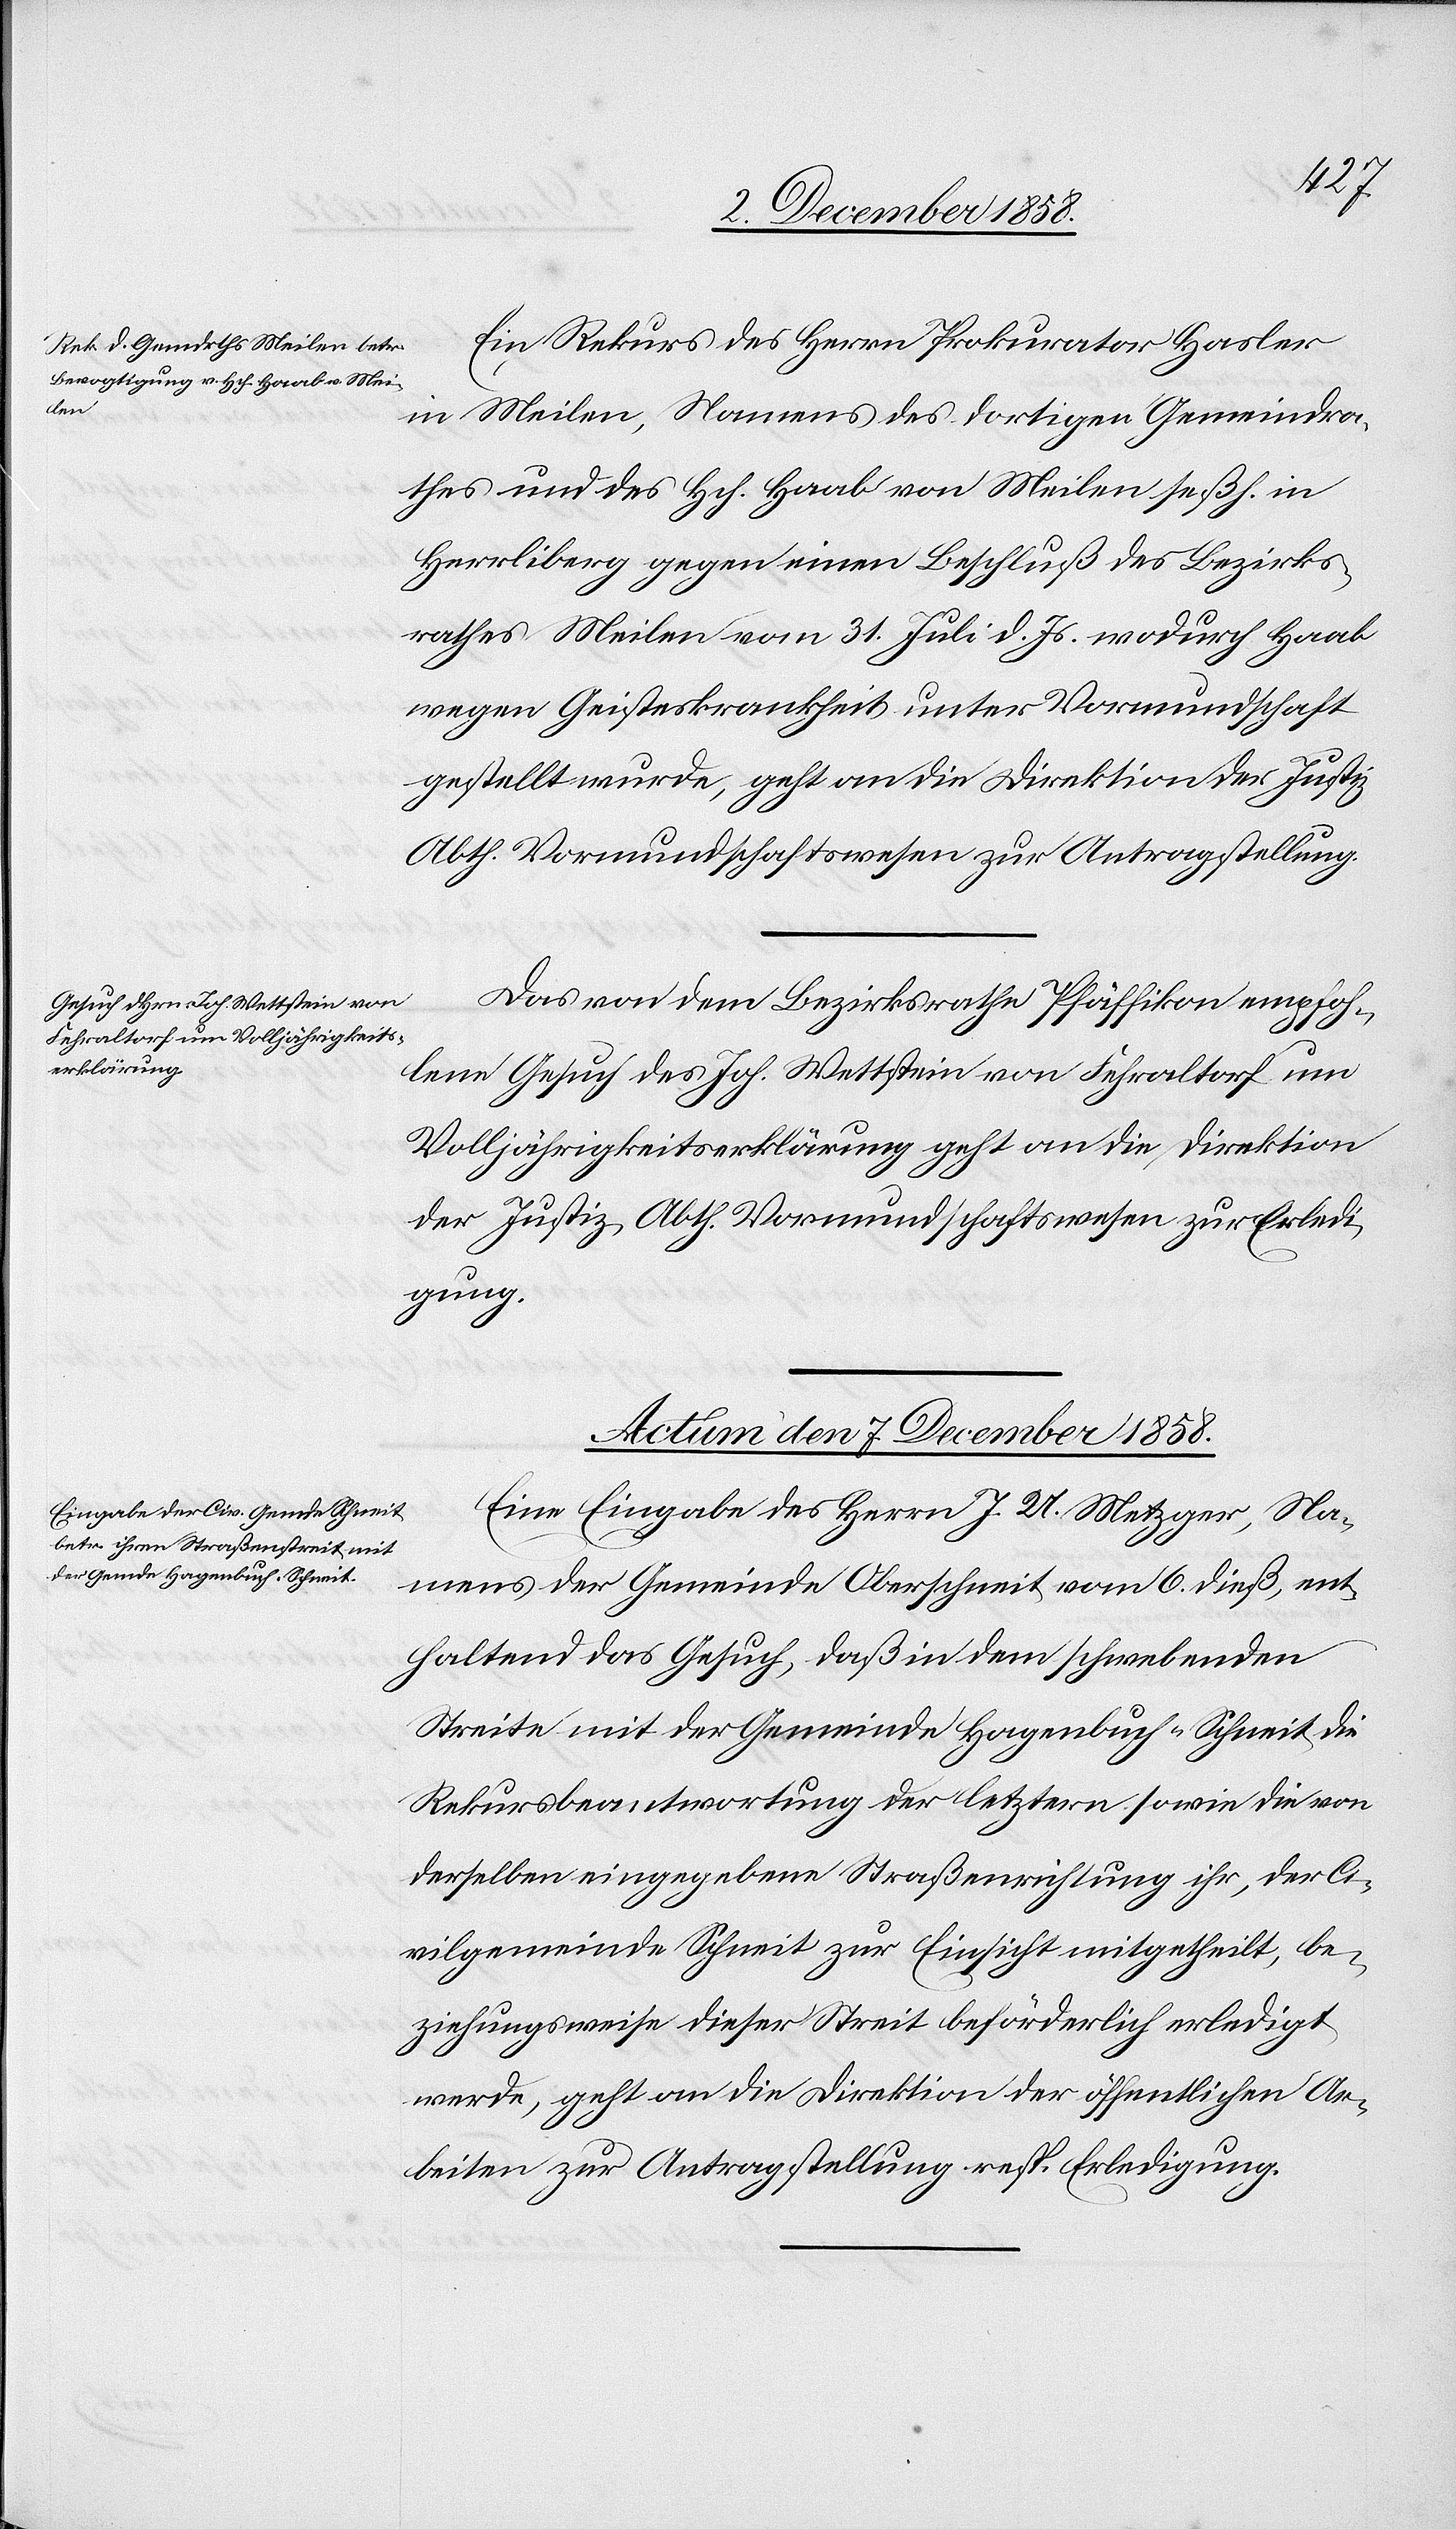
Ein Rekurs des Herrn Prokurator Hasler
in Meilen, Namens des dortigen Gemeindra¬
thes und des Hch. Haab von Meilen seßh. in
Herrliberg gegen einen Beschluß des Bezirks¬
rathes Meilen vom 31. Juli d. Js. wodurch Haab
wegen Geisteskrankheit unter Vormundschaft
gestellt wurde, geht an die Direktion der Justiz
Abth. Vormundschaftswesen zur Antragstellung.
Das von dem Bezirksrathe Pfäffikon empfoh¬
lene Gesuch des Joh. Wettstein von Fehraltorf um
Volljährigkeitserklärung geht an die Direktion
der Justiz, Abth. Vormundschaftswesen zur Erledi¬
gung.
Actum den 7. December 1858.
Eine Eingabe des Herrn J. U. Metzger, Na¬
mens der Gemeinde Oberschneit vom 6. dieß, ent¬
haltend das Gesuch, daß in dem schwebenden
Streite mit der Gemeinde Hagenbuch - Schneit die
Rekursbeantwortung der letztern sowie die von
derselben eingegebene Straßenrichtung ihr, der Ci¬
vilgemeinde Schneit zur Einsicht mitgetheilt, be¬
ziehungsweise dieser Streit beförderlich erledigt
werde, geht an die Direktion der öffentlichen Ar¬
beiten zur Antragstellung resp. Erledigung.